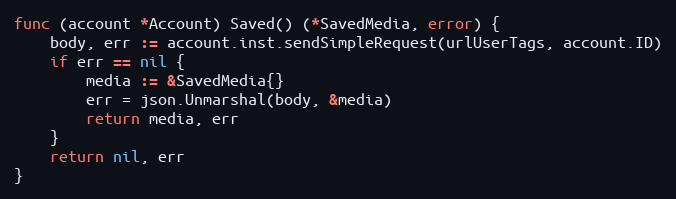
Language: Go
func (account *Account) Saved() (*SavedMedia, error) {
	body, err := account.inst.sendSimpleRequest(urlUserTags, account.ID)
	if err == nil {
		media := &SavedMedia{}
		err = json.Unmarshal(body, &media)
		return media, err
	}
	return nil, err
}